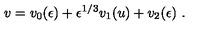
v = v _ { 0 } ( \epsilon ) + \epsilon ^ { 1 / 3 } v _ { 1 } ( u ) + v _ { 2 } ( \epsilon ) \ .